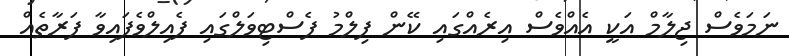
ނަމަވެސް ޖިލާމް އަކީ އެއްވެސް އިރެއްގައި ކޭން ފިލްމު ފެސްޓިވަލްގައި ފެއިލްވެފައިވާ ފަރާތެއް